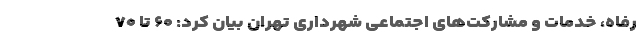
رفاه، خدمات و مشارکت‌های اجتماعی شهرداری تهران بیان کرد: ۶۰ تا ۷۰